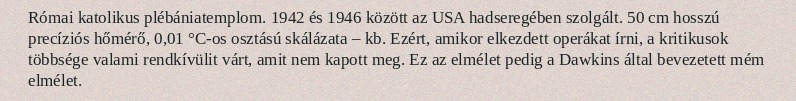
Római katolikus plébániatemplom. 1942 és 1946 között az USA hadseregében szolgált. 50 cm hosszú precíziós hőmérő, 0,01 °C-os osztású skálázata – kb. Ezért, amikor elkezdett operákat írni, a kritikusok többsége valami rendkívülit várt, amit nem kapott meg. Ez az elmélet pedig a Dawkins által bevezetett mém elmélet.